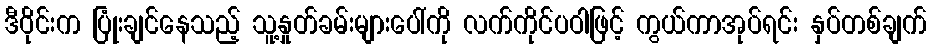
ဒီဝိုင်းက ပြုံးချင်နေသည့် သူ့နှုတ်ခမ်းများပေါ်ကို လက်ကိုင်ပဝါဖြင့် ကွယ်ကာအုပ်ရင်း နှပ်တစ်ချက်